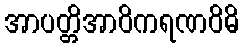
အာပတ္တိအာဝိကရဏဝိဓိ